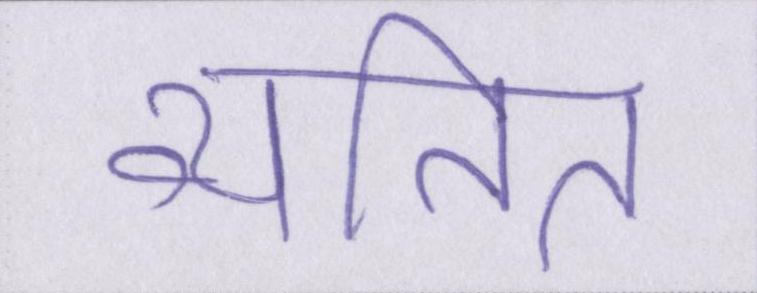
व्यतित